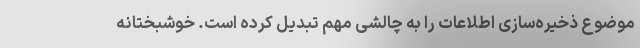
موضوع ذخیره‌سازی اطلاعات را به چالشی مهم تبدیل کرده است. خوشبختانه